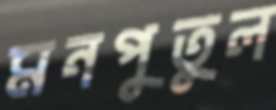
মনপুতুল